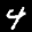
Label: 4